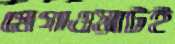
মেগাওয়াটই